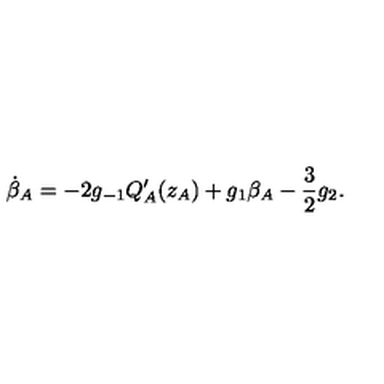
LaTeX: \dot { \beta } _ { A } = - 2 g _ { - 1 } Q _ { A } ^ { \prime } ( z _ { A } ) + g _ { 1 } \beta _ { A } - \frac { 3 } { 2 } g _ { 2 } .